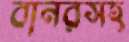
বানরসহ